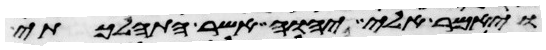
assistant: ויאמר אלי יהוה אשר התהלכתי